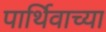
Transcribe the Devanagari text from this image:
पार्थिवाच्या